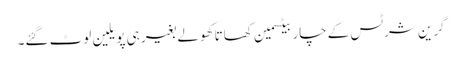
گرین شرٹس کےچار بیٹسمین کھاتا کھولے بغیر ہی پویلین لوٹ گئے۔